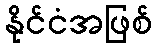
နိုင်ငံအဖြစ်